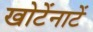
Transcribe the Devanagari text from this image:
खोटेंनाटें